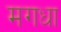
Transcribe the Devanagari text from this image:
मगधा